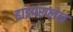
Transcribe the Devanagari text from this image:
हाइपरप्लेन